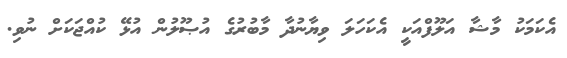
އެކަމަކު މާޝާ އަލޫފްއަކީ އެކަހަލަ ވިޔާނުދާ މާބުރުގެ އުޞޫލުން އުޅޭ ކުއްޖަކަށް ނުވި.